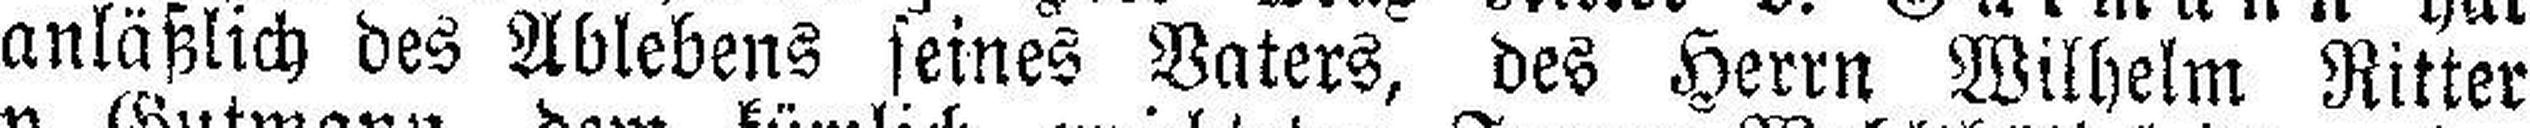
anläßlich des Ablebens seines Vaters, des Herrn Wilhelm Ritter